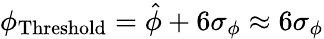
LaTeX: \phi_{\mathrm{Threshold}}=\hat{\phi}+6\sigma_{\phi}\approx 6\sigma_{\phi}